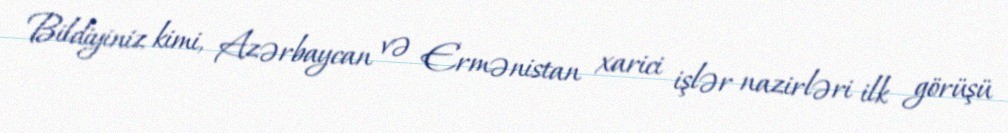
Bildiyiniz kimi, Azərbaycan və Ermənistan xarici işlər nazirləri ilk görüşü